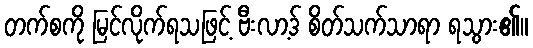
တက်စကို မြင်လိုက်ရသဖြင့် ဗီးလာ့ဒ် စိတ်သက်သာရာ ရသွား၏။